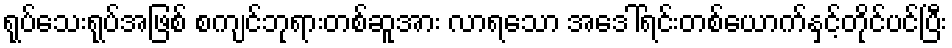
ရုပ်သေးရုပ်အဖြစ် စကျင်ဘုရားတစ်ဆူအား လာရသော အဒေါ်ရင်းတစ်ယောက်နှင့်တိုင်ပင်ပြီး